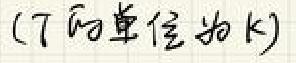
(T的单位为K)